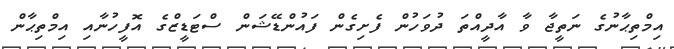
އިމްތިޙާނުގެ ނަތީޖާ ވާ އާދީއްތަ ދުވަހުން ފެށިގެން ފައުންޑޭޝަން ސްޓަޑީޒްގެ އޮފީހުނާއި އިމްތިޙާން